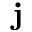
{ \bf j }